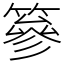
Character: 篸